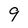
Character: 9